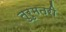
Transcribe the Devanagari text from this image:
तुरुमतरी